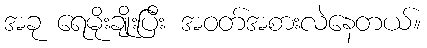
အခု ရေမိုးချိုးပြီး အဝတ်အစားလဲနေတယ်။